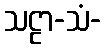
သဠာ-သံ-